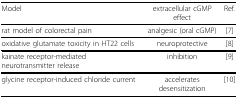
<table><thead><tr><td><b>Model</b></td><td><b>extracellular cGMP effect</b></td><td><b>Ref.</b></td></tr></thead><tbody><tr><td>rat model of colorectal pain</td><td>analgesic (oral cGMP)</td><td>[7]</td></tr><tr><td>oxidative glutamate toxicity in HT22 cells</td><td>neuroprotective</td><td>[8]</td></tr><tr><td>kainate receptor-mediated neurotransmitter release</td><td>inhibition</td><td>[9]</td></tr><tr><td>glycine receptor-induced chloride current</td><td>accelerates desensitization</td><td>[10]</td></tr></tbody></table>